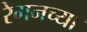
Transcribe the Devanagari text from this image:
रेगनच्या